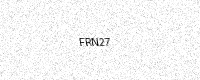
Text: FRN27